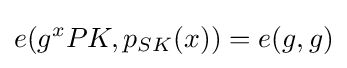
e(g^{x}PK,p_{SK}(x))=e(g,g)